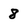
Character: 8